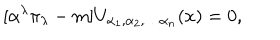
LaTeX: \lbrack \alpha ^ { \lambda } \pi _ { \lambda } - m ] U _ { \alpha _ { 1 } , \alpha _ { 2 } , \ldots \alpha _ { n } } ( x ) = 0 ,